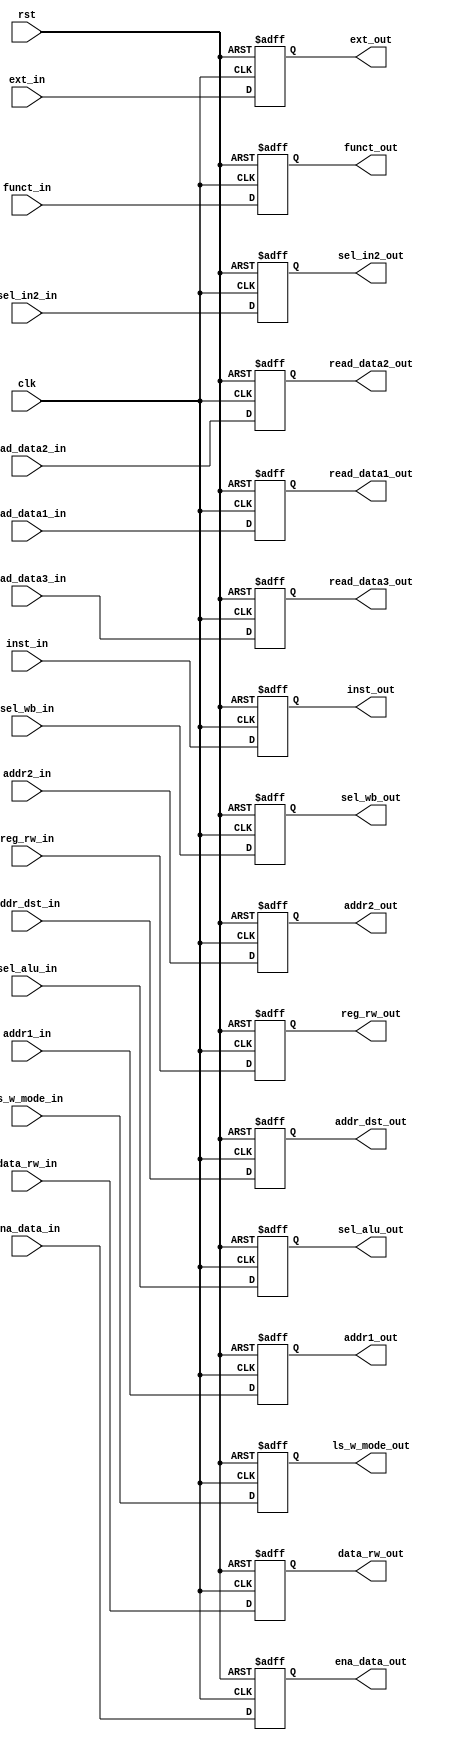
//ID/EX
`timescale 1ns/10ps
module IDEX(ls_w_mode_out, funct_out, sel_in2_out, ena_data_out, data_rw_out, sel_wb_out, reg_rw_out, read_data1_out
			, read_data2_out, read_data3_out, ext_out , addr_dst_out
			, ls_w_mode_in, funct_in, sel_in2_in, ena_data_in, data_rw_in, sel_wb_in, reg_rw_in, read_data1_in, read_data2_in, addr_dst_in
			, read_data3_in, ext_in, clk, rst, addr1_out, addr1_in, addr2_out, addr2_in, inst_out, inst_in, sel_alu_out, sel_alu_in );

input ls_w_mode_in;
input [3:0] funct_in;
input sel_in2_in;
input ena_data_in;
input data_rw_in;
input sel_wb_in;
input reg_rw_in;
input [4:0] addr_dst_in;
input [4:0] addr1_in;
input [4:0] addr2_in;

input sel_alu_in;
input [31:0] inst_in;
input [31:0] read_data1_in;
input [31:0] read_data2_in;
input [31:0] read_data3_in;
input [31:0] ext_in;
input clk;
input rst;


output reg sel_alu_out;
output reg  [31:0] inst_out;
output reg  [4:0] addr1_out;
output reg  [4:0] addr2_out;
output reg	ls_w_mode_out;
output reg	[3:0] funct_out;
output reg	sel_in2_out;
output reg	ena_data_out;
output reg	data_rw_out;
output reg	sel_wb_out;
output reg	reg_rw_out;
output reg	[4:0] addr_dst_out;

output reg	[31:0] read_data1_out;
output reg	[31:0] read_data2_out;
output reg	[31:0] read_data3_out;
output reg	[31:0] ext_out;


always @ (posedge clk or negedge rst)
begin
	if (!rst) begin
		ls_w_mode_out = 0;
		funct_out = 4'd0;
		sel_in2_out = 0;
		ena_data_out = 0;
		data_rw_out = 0;
		sel_wb_out = 0;
		reg_rw_out = 0;		
		read_data1_out = 32'd0;
		read_data2_out = 32'd0;
		read_data3_out = 32'd0;
		ext_out = 32'd0;
		addr_dst_out = 5'd0;
		addr1_out = 5'd0;
        addr2_out = 5'd0;
		inst_out = 32'd0;
		sel_alu_out = 0;
		end

		else begin
		ls_w_mode_out = ls_w_mode_in;
		funct_out = funct_in;
		sel_in2_out = sel_in2_in;
		ena_data_out = ena_data_in;
		data_rw_out = data_rw_in;
		sel_wb_out = sel_wb_in;
		reg_rw_out = reg_rw_in;	
		read_data1_out = read_data1_in;
		read_data2_out = read_data2_in;
		read_data3_out = read_data3_in;
		ext_out = ext_in;
		addr_dst_out = addr_dst_in;
		addr1_out = addr1_in;
        addr2_out = addr2_in;
		inst_out = inst_in;
		sel_alu_out= sel_alu_in;
		end
	end


endmodule